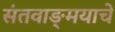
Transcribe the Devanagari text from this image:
संतवाङ्‌मयाचे